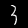
Label: 3